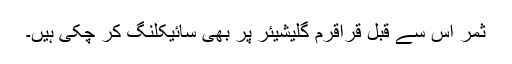
ثمر اس سے قبل قراقرم گلیشیئر پر بھی سائیکلنگ کر چکی ہیں۔